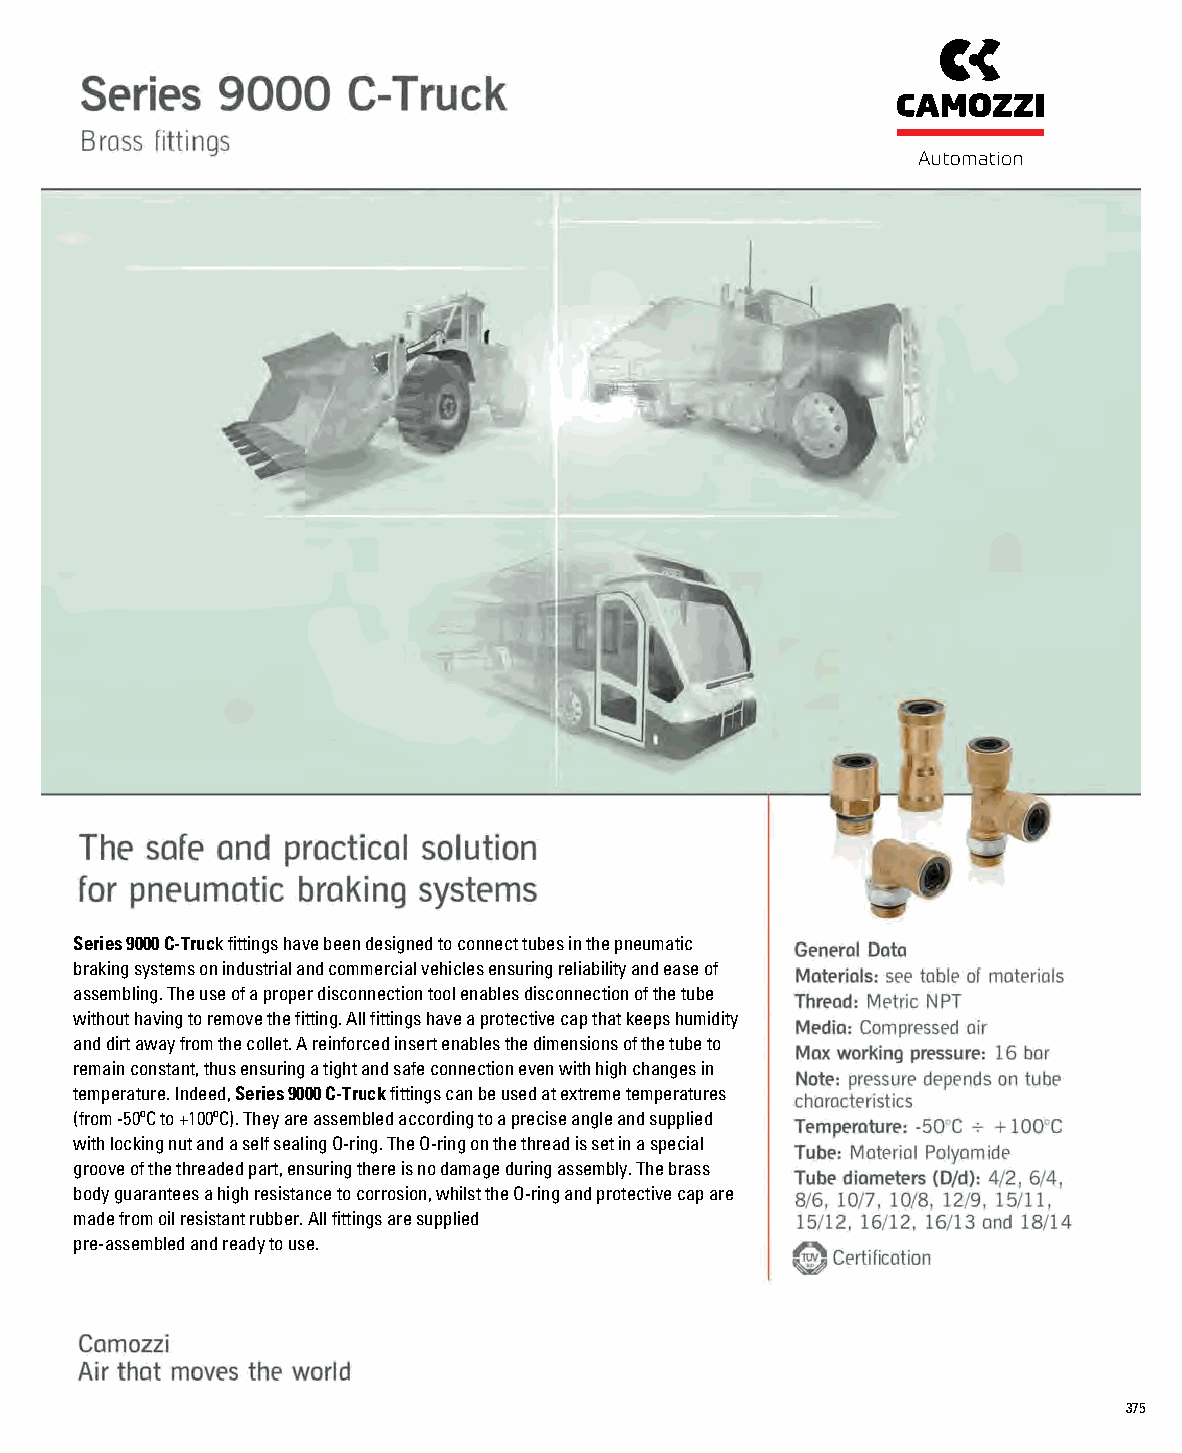
Series 9000 C-Truck fittings have been designed to connect tubes in the pneumatic
 braking systems on industrial and commercial vehicles ensuring reliability and ease of
 assembling. The use of a proper disconnection tool enables disconnection of the tube
 without having to remove the fitting. All fittings have a protective cap that keeps humidity
 and dirt away from the collet. A reinforced insert enables the dimensions of the tube to
 remain constant, thus ensuring a tight and safe connection even with high changes in
 temperature. Indeed, Series 9000 C-Truck fittings can be used at extreme temperatures
 (from -50ºC to +100ºC). They are assembled according to a precise angle and supplied
 with locking nut and a self sealing O-ring. The O-ring on the thread is set in a special
 groove of the threaded part, ensuring there is no damage during assembly. The brass
 body guarantees a high resistance to corrosion, whilst the O-ring and protective cap are
 made from oil resistant rubber. All fittings are supplied
 pre-assembled and ready to use.
 375